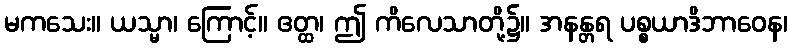
မကသေး။ ယသ္မာ၊ ကြောင့်။ ဧတ္ထ၊ ဤ ကိလေသာတို့၌။ အနန္တရ ပစ္စယာဒိဘာဝေန၊